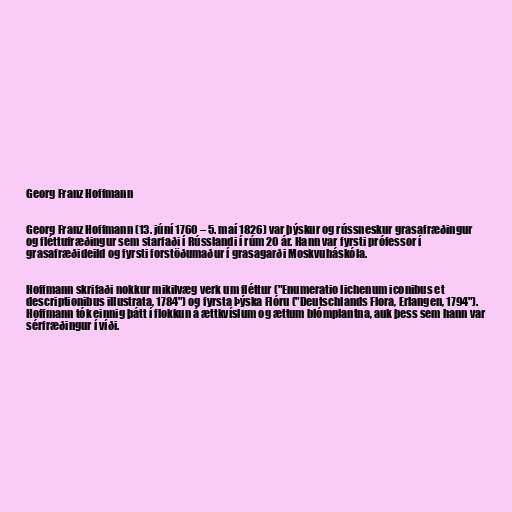
Georg Franz Hoffmann

Georg Franz Hoffmann (13. júní 1760 – 5. maí 1826) var þýskur og rússneskur grasafræðingur
og fléttufræðingur sem starfaði í Rússlandi í rúm 20 ár. Hann var fyrsti prófessor í
grasafræðideild og fyrsti forstöðumaður í grasagarði Moskvuháskóla.

Hoffmann skrifaði nokkur mikilvæg verk um fléttur ("Enumeratio lichenum iconibus et
descriptionibus illustrata, 1784") og fyrsta Þýska Flóru ("Deutschlands Flora, Erlangen, 1794").
Hoffmann tók einnig þátt í flokkun á ættkvíslum og ættum blómplantna, auk þess sem hann var
sérfræðingur í víði.